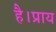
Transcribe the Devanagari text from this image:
है।प्राय